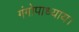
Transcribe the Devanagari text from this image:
गंगोपाध्याय।